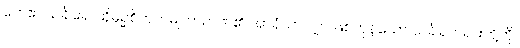
တေဧဝသင်္ခါရေ၊ ထိုမုဉှစိတုကမျတာဉာဏ်၏ အာရုံသာလျှင် ဖြစ်ကုန်သော သင်္ခါရတရားတို့ကို။